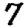
Digit: 7